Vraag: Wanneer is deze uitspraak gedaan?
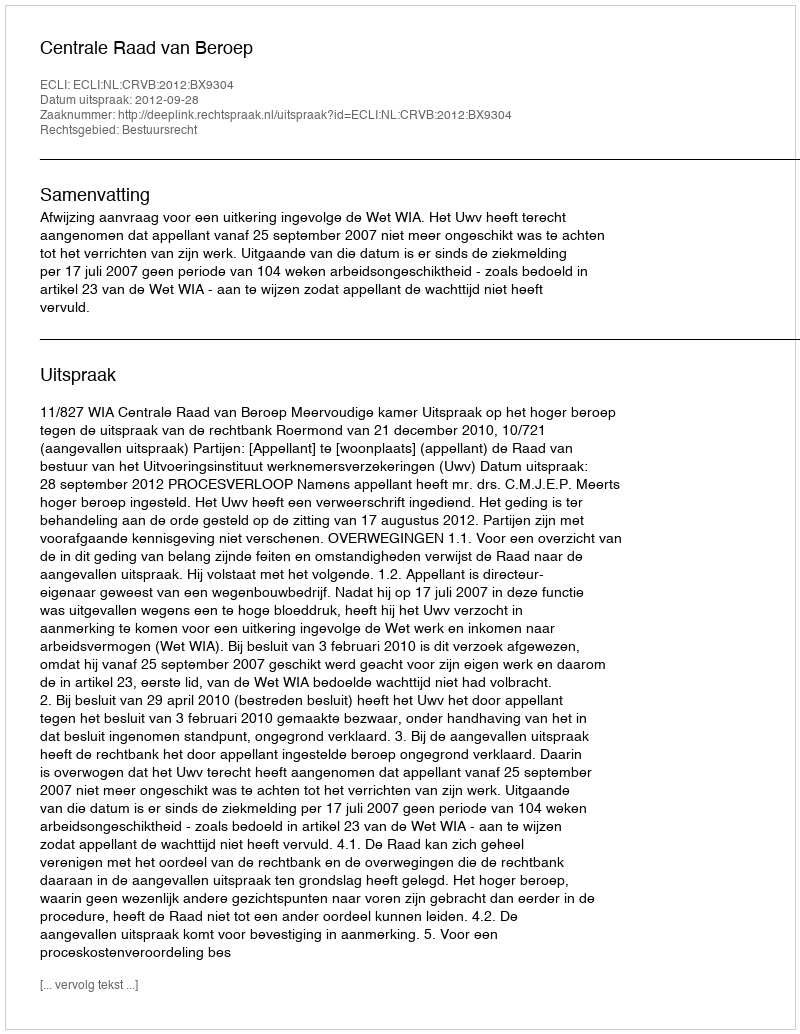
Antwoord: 2012-09-28